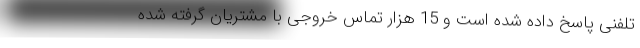
تلفنی پاسخ داده شده است و 15 هزار تماس خروجی با مشتریان گرفته شده